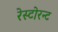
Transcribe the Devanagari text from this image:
रेस्टोरन्ट